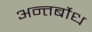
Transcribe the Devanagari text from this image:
अन्तर्बोध